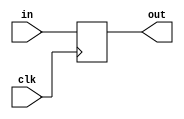
module delay(clk, in, out);

parameter WIDTH = 1;

input wire clk;
input wire [WIDTH-1 : 0] in;
output reg [WIDTH-1 : 0] out;

always @ (posedge clk) begin
    out <= in;
end

endmodule